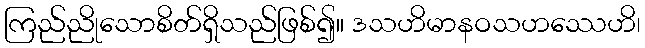
ကြည်ညိုသောစိတ်ရှိသည်ဖြစ်၍။ ဒသဟိမာနဝသဟဿေဟိ၊